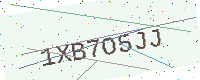
Text: 1XB7O5JJ